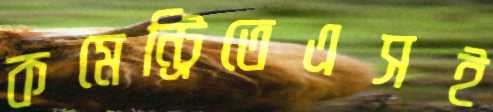
কমেন্ট্রিতেএসই